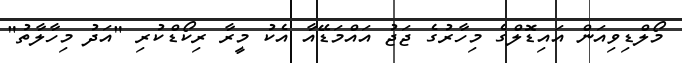
މޯލްޑިވިއަން އައިޑޮލްގެ މިހާރުގެ ޖަޖު އައްމަޑޭއާ އެކު މީރާ ރިކޯޑްކުރި "އަދު މިހާލާތު"